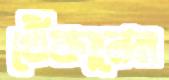
খেঁকালেন